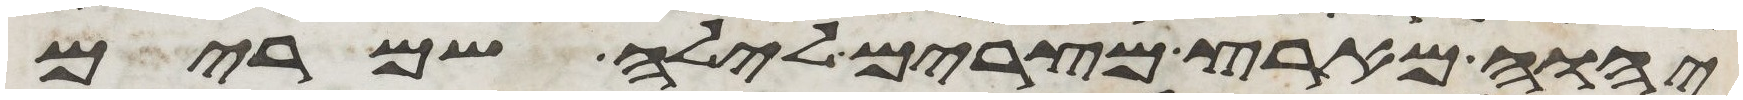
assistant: יהוה מארץ מצרים לילה שמרים